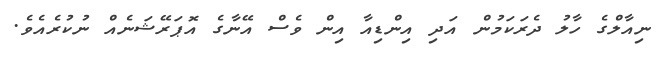
ނިއާލްގެ ހާލު ދެރަކަމުން އަދި އިންޑިއާ އިން ވެސް އޭނާގެ އޮޕަރޭޝަނެއް ނުކުރެއެވެ.